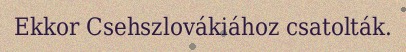
Ekkor Csehszlovákiához csatolták.